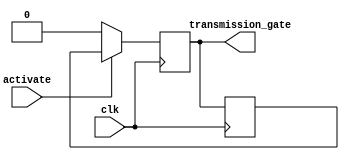
module timing_control_synchronization(
    input wire clk,
    input wire activate,
    output reg transmission_gate
);

reg delay_element;

// Synchronize data transmission with clock signal
always @(posedge clk) begin
    if (activate) begin
        transmission_gate <= delay_element;
    end else begin
        transmission_gate <= 1'b0;
    end
end

// Delay elements to ensure proper timing
always @(posedge clk) begin
    delay_element <= transmission_gate;
end

endmodule